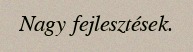
Nagy fejlesztések.